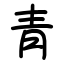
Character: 青